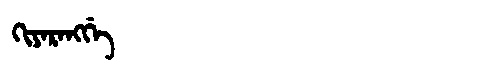
Manchu: ᡴᡳᠶᠠᡵᠠᠩᡤᡝ
Romanization: KIYARANGGE